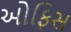
ઓફિસ